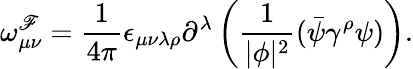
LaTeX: \omega_{\mu\nu}^{\mathscr{F}}=\frac{{1}}{{4\pi}}\epsilon_{\mu\nu\lambda\rho}\partial^{\lambda}\left(\frac{{1}}{{|\phi|^{2}}}(\bar{{\psi}}\gamma^{\rho}\psi)\right).